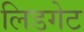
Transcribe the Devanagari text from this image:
लिडगेट